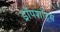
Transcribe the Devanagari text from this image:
ड्रॉपशॉट्स